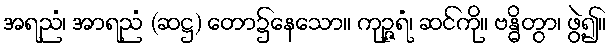
အရညံ၊ အာရညံ (ဆဋ္ဌ) တော၌နေသော။ ကုဉ္ဇရံ၊ ဆင်ကို။ ဗန္ဓိတွာ၊ ဖွဲ့၍။